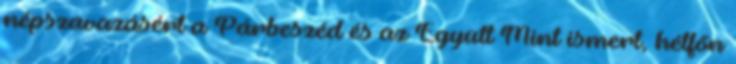
népszavazásért a Párbeszéd és az Együtt Mint ismert, hétfőn